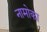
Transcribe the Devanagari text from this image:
नामोका